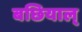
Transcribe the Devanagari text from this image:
बछियाल्